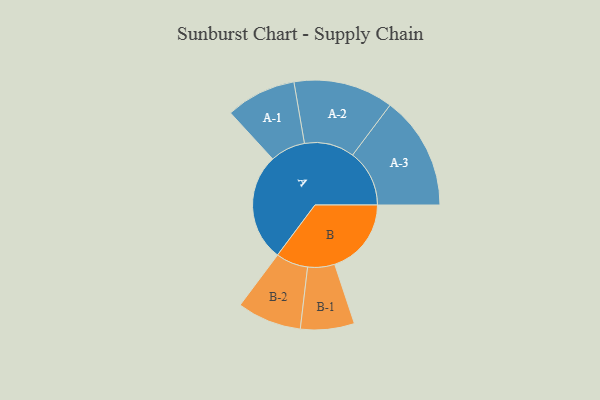
{"axis": {"x": "Segment", "y": "Value"}, "legend": ["", "A", "B"], "data": [{"x": "A", "y": 472, "type": ""}, {"x": "B", "y": 336, "type": ""}, {"x": "A-1", "y": 154, "type": "A"}, {"x": "A-2", "y": 219, "type": "A"}, {"x": "A-3", "y": 249, "type": "A"}, {"x": "B-1", "y": 118, "type": "B"}, {"x": "B-2", "y": 141, "type": "B"}]}